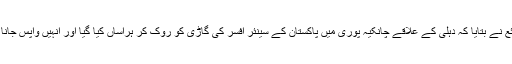
ذرائع نے بتایا کہ دہلی کے علاقے چانکیہ پوری میں پاکستان کے سینئر افسر کی گاڑی کو روک کر ہراساں کیا گیا اور انہیں واپس جانا پڑا۔